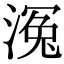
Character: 𣹠